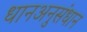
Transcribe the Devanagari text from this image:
धानअनुसंधान